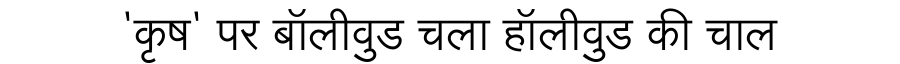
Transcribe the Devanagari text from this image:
'कृष' पर बॉलीवुड चला हॉलीवुड की चाल